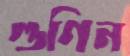
গুণিন